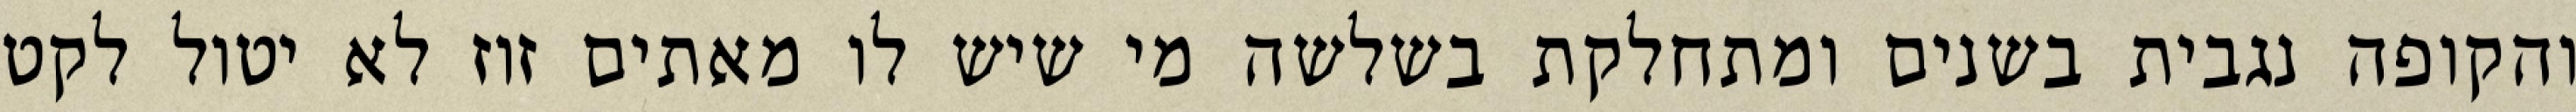
והקופה נגבית בשנים ומתחלקת בשלשה מי שיש לו מאתים זוז לא יטול לקט